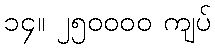
၁၄။ ၂၅၀၀၀၀ ကျပ်